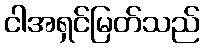
ငါအရှင်မြတ်သည်